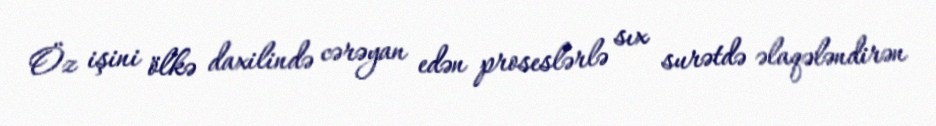
Öz işini ölkə daxilində cərəyan edən proseslərlə sıx surətdə əlaqələndirən